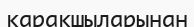
қарақшыларынан